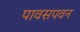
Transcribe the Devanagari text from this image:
पावसपवन